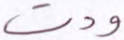
ودت